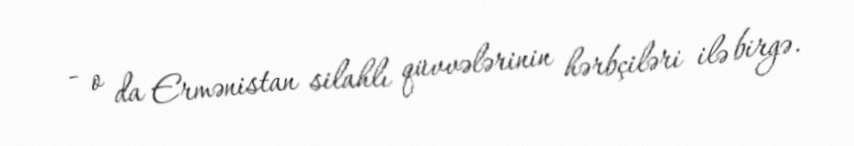
- o da Ermənistan silahlı qüvvələrinin hərbçiləri ilə birgə.